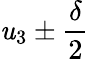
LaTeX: \mathit{u}_{3}\pm\frac{{\delta}}{{2}}